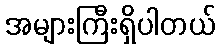
အများကြီးရှိပါတယ်